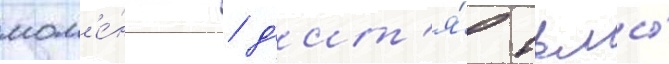
мом'е́нты / д'ит'я́ тьмы́